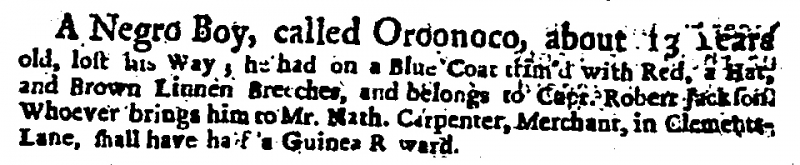
Daily Courant, 31 July 1713 (England)
A Negro Boy, called Oroonoco, about 13 Years old, lost his Way; he had on a Blue Coat trim’d with Red, a Hat, and Brown Linnen Breeches, and belongs to Capt. Robert Jackson. Whoever brings him to Mr. Nath. Carpenter, Merchant, in Clements-Lane, shall have half a Guinea Reward.